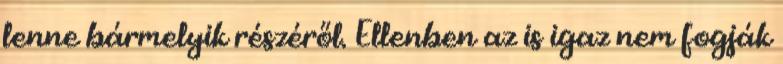
lenne bármelyik részéről. Ellenben az is igaz nem fogják